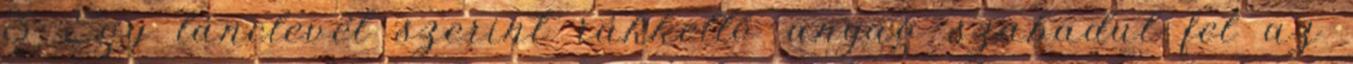
3 Egy lánclevél szerint rákkeltő anyag szabadul fel az